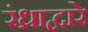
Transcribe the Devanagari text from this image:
रंध्राद्वारे